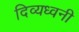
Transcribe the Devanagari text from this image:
दिव्यध्वनी